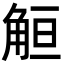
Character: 䚙